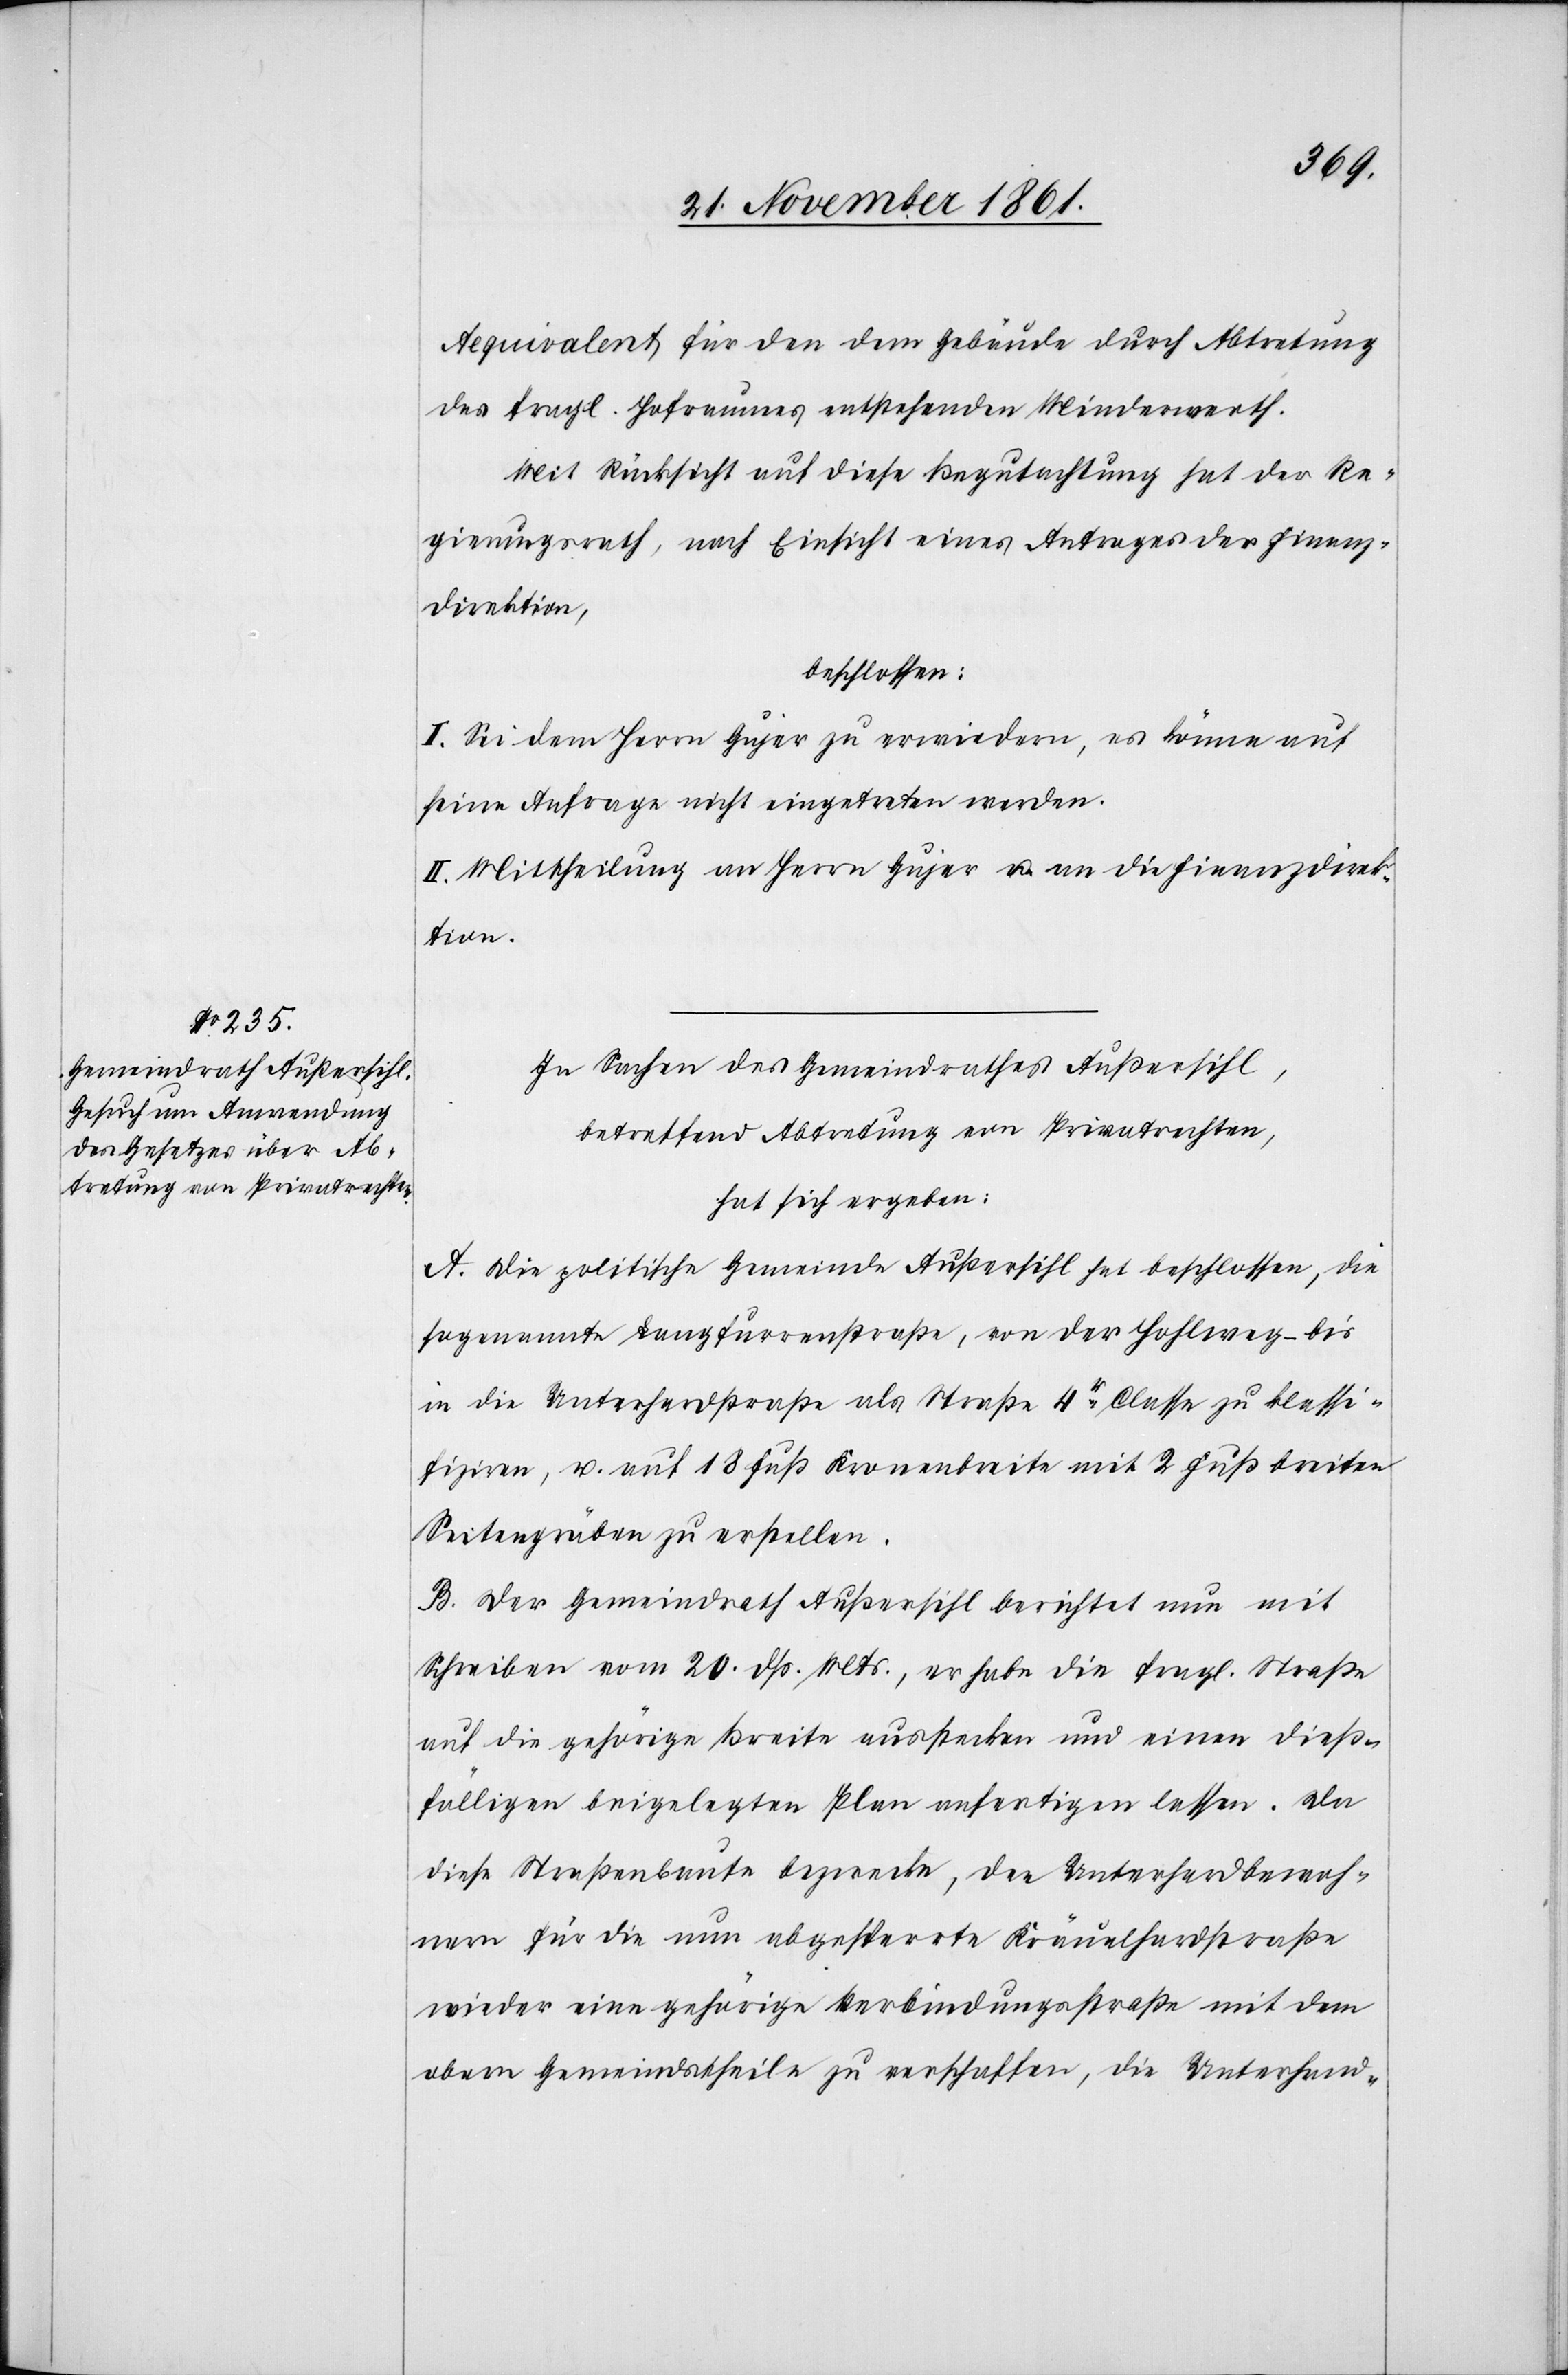
Aequivalent für den dem Gebäude durch Abtretung
des fragl. Hofraumes entstehenden Minderwerth.
Mit Rücksicht auf diese Begutachtung hat der Re¬
gierungsrath, nach Einsicht eines Antrages der Finanz¬
direktion,
beschlossen:
I. Sei dem Herrn Gujer zu erwiedern, es könne auf
seine Anfrage nicht eingetreten werden.
II. Mittheilung an Herrn Gujer u. an die Finanzdirek¬
tion.
In Sachen des Gemeindrathes Außersihl,
betreffend Abtretung von Privatrechten,
hat sich ergeben:
A. Die politische Gemeinde Außersihl hat beschlossen, die
sogenannte Langfurrenstraße, von der Hohlweg- bis
in die Unterherdstraße als Straße 4r Classe zu klassi¬
fiziren, u. auf 18 Fuß Kronenbreite mit 2 Fuß breiten
Seitengräben zu erstellen.
B. Der Gemeindrath Außersihl berichtet nun mit
Schreiben vom 20 dß. Mts., er habe die fragl. Straße
auf die gehörige Breite ausstecken und einen dieß¬
fälligen beigelegten Plan anfertigen lassen. Da
diese Straßenbaute bezwecke, den Unterhardbewoh¬
nern für die nun abgesperrte Kräuelhardstraße
wieder eine gehörige Verbindungsstraße mit dem
obern Gemeindstheile zu verschaffen, die Unterhand-